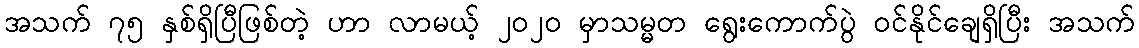
အသက် ၇၅ နှစ်ရှိပြီဖြစ်တဲ့ ဟာ လာမယ့် ၂၀၂၀ မှာသမ္မတ ရွေးကောက်ပွဲ ဝင်နိုင်ချေရှိပြီး အသက်